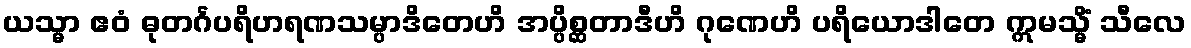
ယသ္မာ ဧဝံ ဓုတင်္ဂပရိဟရဏသမ္ပာဒိတေဟိ အပ္ပိစ္ဆတာဒီဟိ ဂုဏေဟိ ပရိယောဒါတေ ဣမသ္မိံ သီလေ